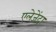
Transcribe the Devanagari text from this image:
एलेजेंद्रा